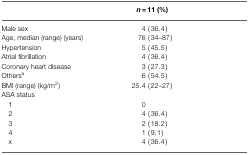
|  | n = 11 (%) |
 | --- | --- |
 | Male sex | 4 (36.4) |
 | Age, median (range) (years) | 76 (34–87) |
 | Hypertension | 5 (45.5) |
 | Atrial fibrillation | 4 (36.4) |
 | Coronary heart disease | 3 (27.3) |
 | Othersa | 6 (54.5) |
 | BMI (range) (kg/m2) | 25.4 (22–27) |
 | ASA status |
 | 1 | 0 |
 | 2 | 4 (36.4) |
 | 3 | 2 (18.2) |
 | 4 | 1 (9.1) |
 | x | 4 (36.4) |